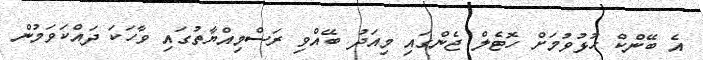
އެ ބޭންކް ހުޅުވުމަށް ހޮޓެލް ޖެންގައި މިއަދު ބޭއްވި ރަސްމިއްޔާތުގައި ވާހަކަ ދައްކަވަމުން